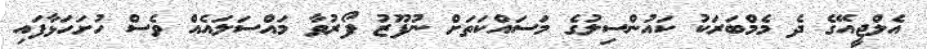
އެލްޖީއޭގެ ދެ މެމްބަރަކު ކައުންސިލުގެ މަސައްކަތަށް ނުފޫޒު ފޯރުވާ މައްސަލައެެއް ވެސް ހުށަހަޅާފައި